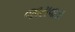
જાટાવાડા